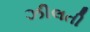
ઝીલતી